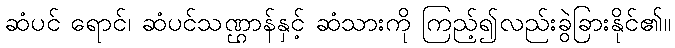
ဆံပင် ရောင်၊ ဆံပင်သဏ္ဌာန်နှင့် ဆံသားကို ကြည့်၍လည်းခွဲခြားနိုင်၏။